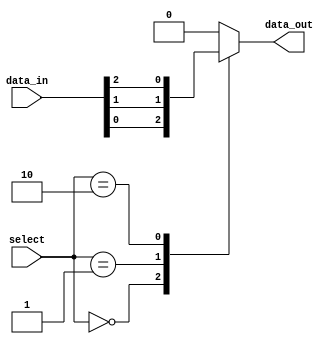
module multiplexer_64_1(
    input [63:0] data_in,
    input [5:0] select,
    output reg data_out
);

always @(*)
begin
    case(select)
        6'b000000: data_out = data_in[0];
        6'b000001: data_out = data_in[1];
        6'b000010: data_out = data_in[2];
        // Add remaining cases for all 64 inputs
        // 6'b111110: data_out = data_in[62];
        // 6'b111111: data_out = data_in[63];
        default: data_out = 0; // Default case if select value is invalid
    endcase
end

endmodule